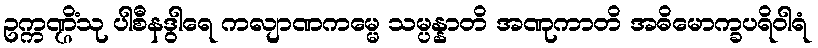
ဥက္ကဏ္ဌိံသု ပါစီနဒွါရေ ကလျာဏကမ္မေ သမ္ပန္နာတိ အဏုကာတိ အဓိမောက္ခပရိဝါရံ